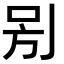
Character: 𠰤